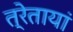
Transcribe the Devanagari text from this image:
त्रेतायां